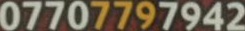
07707797942